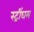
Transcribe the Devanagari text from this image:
स्ट्रींघम